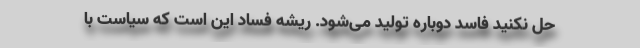
حل نکنید فاسد دوباره تولید می‌شود. ریشه فساد این است که سیاست با